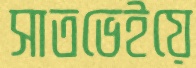
সাতভেইয়ে